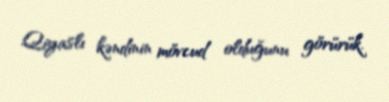
Qiyaslı kəndinin mövcud olduğunu görürük.